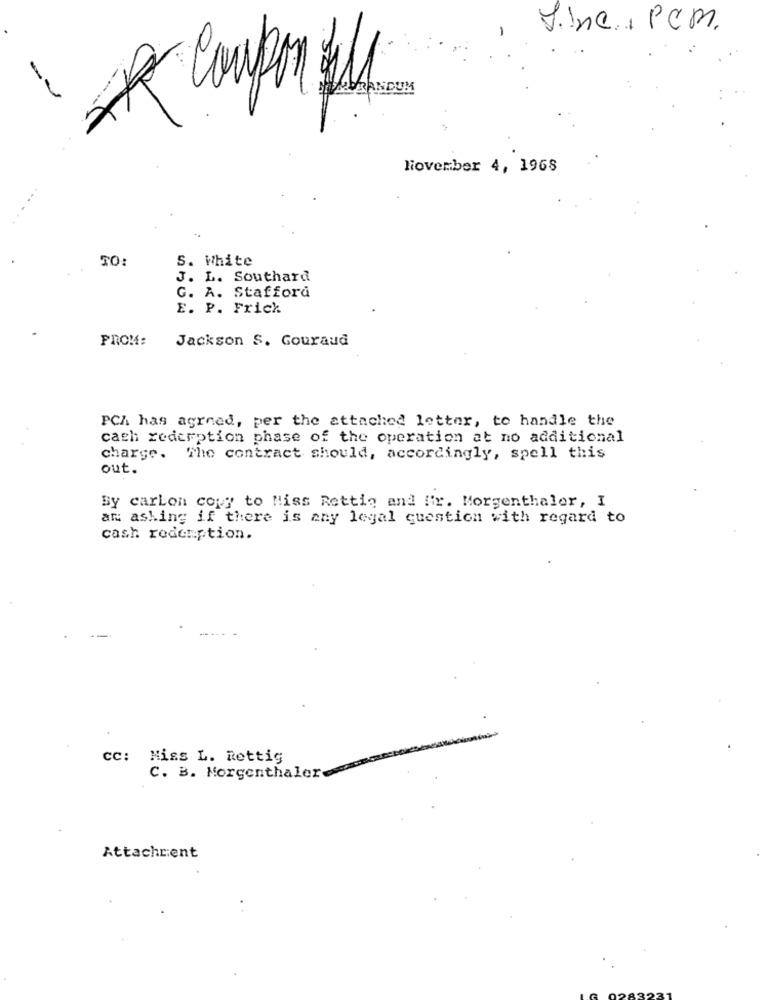
fine, PCM.
-
MAYRANDUM
November 4, 1968
S. White
TO:
J. L. Southard
G. A. Stafford
E. P. Frick
FROM:
Jackson S. Gouraud
PCA has agreed, per the attached letter, to handle the
cash redcrption phase of the operation at no additional
charge. The contract should, accordingly, spell this
out.
By carbon copy to Miss Rettig and Ifr. Morgenthaler, I
an asking if there is any legal question with regard to
cash redemption.
cc: Miss L. Rettig
C. B. Morgenthaler
Attachrent